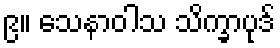
၉။ သေနာဝါသ သိက္ခာပုဒ်